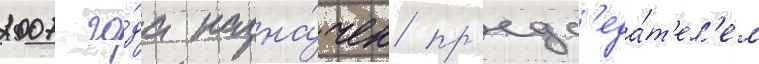
2007 го́да назна́чен пр'едс'еда́т'ел'ем